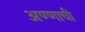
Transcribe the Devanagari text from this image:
अण्णाची